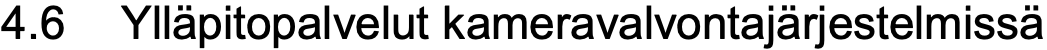
4.6 Ylläpitopalvelut kameravalvontajärjestelmissä